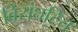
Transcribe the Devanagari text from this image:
विसंघटित